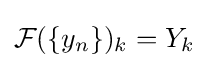
{\mathcal {F}}(\{y_{n}\})_{k}=Y_{k}